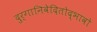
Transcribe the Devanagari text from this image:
दुर्गानिवेदितोद्भावो